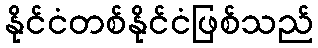
နိုင်ငံတစ်နိုင်ငံဖြစ်သည်